Indian journal of veterinary science and animal husbandry - Volume 7,
Year: 1937
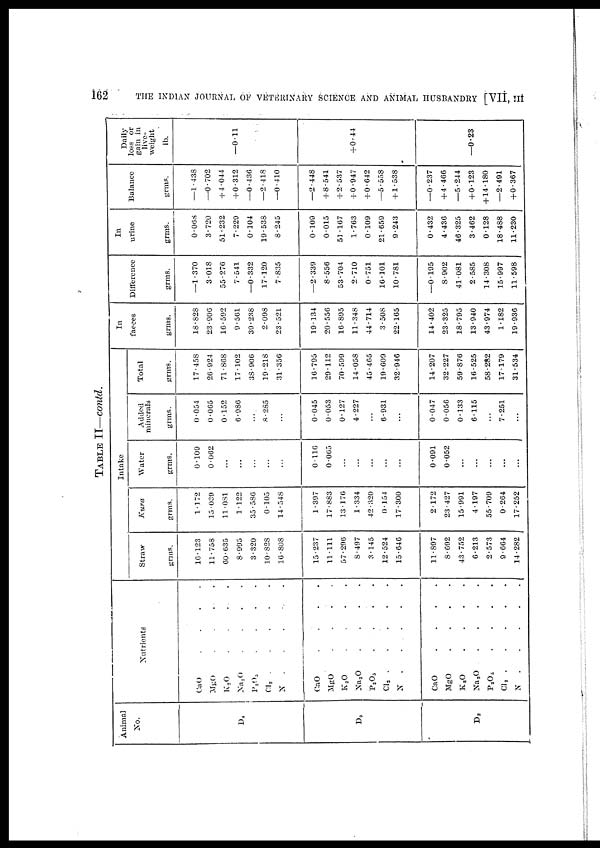
162
THE INDIAN JOURNAL OF VETERINARY SCIENCE AND ANIMAL HUSBANDRY [VII, III
TABLE II—contd.
Animal
No.
D8
D3
D2
Nutrients
CaO
.
.
.
.
MgO
.
.
.
.
K2O
.
.
.
.
Na2O
.
.
.
.
P 2 O 5
.
.
.
.
Cl2
.
.
.
.
N . . . .
CaO
.
.
.
.
MgO
.
.
.
.
K2O
.
.
.
.
Na2O
.
.
.
.
P2O5 . . . .
CI2
.
.
.
.
N . . . .
CaO
.
.
.
.
MgO
.
.
.
.
K2O
.
.
.
.
Na2O
.
.
.
.
P2O5 . . . .
Cl2
.
.
.
.
N
.
.
.
.
Intake
Straw
grms.
16.123
11.758
60.635
8.995
3.320
10.828
16.808
15.237
11.111
57.296
8.497
3.145
12.524
15.640
11.897
8.092
43.752
6.213
2.573
9.664
14.282
Kura
grms.
1.172
15.039
11.081
1.122
35.586
0.105
14.548
1.397
17.883
13.176
1.334
42.320
0.154
17.300
2.172
23.427
15.991
4.197
55.709
0.264
17.252
Water
grms.
0.109
0.062
..
...
...
...
...
0.116
0.065
...
...
...
...
...
0.091
0.052
...
...
...
...
...
Added
minerals
grms.
0.054
0.065
0.152
6.986
...
8.285
...
0.045
0.053
0.127
4.227
...
6.931
...
0.047
0.056
0.133
6.115
...
7.251
...
Total
grms.
17.458
26.924
71.868
17.102
38.906
19.218
31.356
16.795
29.112
70.599
14.058
45.465
19.609
32.946
14.207
32.227
59.876
16.525
58.282
17.179
31.534
In
faeces
grms.
18.828
23.906
16.592
9.501
39.238
2.098
23.521
19.134
20.550
16.895
11.348
44.714
3.508
22.165
14.402
23.325
18.795
13.940
43.974
1.182
19.936
Difference
grms.
—1.370
3.018
55.276
7.541
—0.332
17.120
7.835
—2.339
8.556
53.704
2.710
0.751
16.101
10.781
—0.195
8.902
41.081
2.585
14.308
15.997
11.598
In
urine
grms.
0.068
3.720
51.232
7.229
0.104
19.538
8.245
0.109
0.015
51.167
1.763
0.109
21.659
9.243
0.432
4.436
46.325
3.462
0.128
18.488
11.230
Balance
grms.
—1.438
—0.702
+ 4.044
+ 0.312
—0.436
—2.418
—0.410
—2.448
+ 8.541
+ 2.537
+ 0.947
+ 0.642
—5.558
+ 1.538
—0.237
+ 4.466
—5.244
+0.123
+ 14.180
—2.491
+ 0.367
Daily
loss or
gain in
live-
weight
ib.
—0.11
+ 0.44
—0.23